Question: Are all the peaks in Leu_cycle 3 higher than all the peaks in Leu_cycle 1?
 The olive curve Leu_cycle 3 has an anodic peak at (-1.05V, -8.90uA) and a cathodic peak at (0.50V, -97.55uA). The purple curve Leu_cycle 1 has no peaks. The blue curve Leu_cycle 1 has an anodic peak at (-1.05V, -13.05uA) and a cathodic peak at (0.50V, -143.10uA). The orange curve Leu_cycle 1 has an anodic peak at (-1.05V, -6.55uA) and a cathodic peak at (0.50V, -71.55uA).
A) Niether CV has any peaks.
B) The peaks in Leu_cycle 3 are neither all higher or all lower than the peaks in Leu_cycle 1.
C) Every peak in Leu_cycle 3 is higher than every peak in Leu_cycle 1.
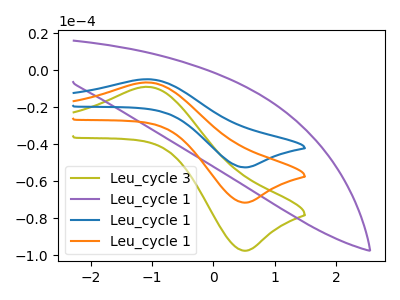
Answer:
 <answer>B) The peaks in "Leu_cycle 3" are neither all higher or all lower than the peaks in "Leu_cycle 1".</answer>
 <eval>B</eval>